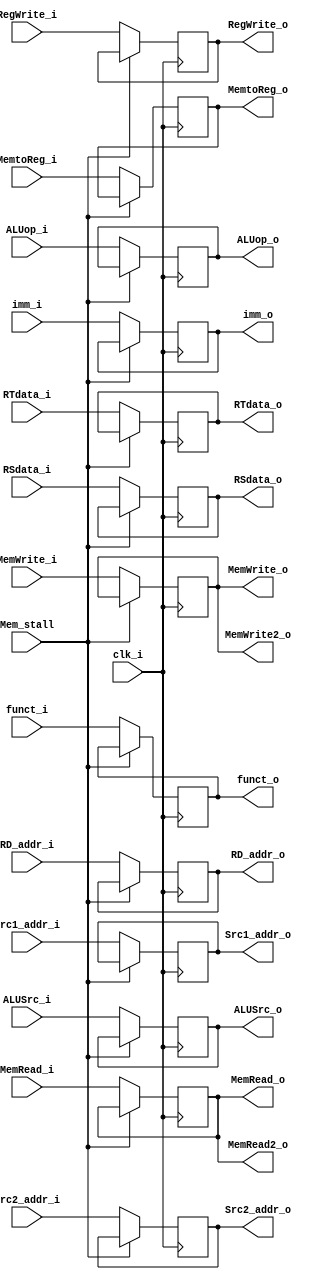
module ID_EX
(
    clk_i,
    Mem_stall,
	RegWrite_i,
    MemtoReg_i,
    MemRead_i,
    MemWrite_i,
    ALUop_i,
    ALUSrc_i,
    RegWrite_o,
    MemtoReg_o,
    MemRead_o,
    MemWrite_o,
    ALUop_o,
    ALUSrc_o,
    RSdata_i,
    RTdata_i,
    RSdata_o,
    RTdata_o,
    imm_i,
    imm_o,
    funct_i,
    Src1_addr_i,
    Src2_addr_i,
    RD_addr_i,
    funct_o,
    Src1_addr_o,
    Src2_addr_o,
    RD_addr_o,
    MemRead2_o,
    MemWrite2_o
);
input          clk_i,RegWrite_i,MemtoReg_i,MemRead_i,MemWrite_i,ALUSrc_i,Mem_stall;
input  [1:0]   ALUop_i;
output         RegWrite_o,MemtoReg_o,MemRead_o,MemWrite_o,ALUSrc_o,MemRead2_o,MemWrite2_o;
output [1:0]   ALUop_o;
input  [31:0]  RSdata_i,RTdata_i,imm_i;
output [31:0]  RSdata_o,RTdata_o,imm_o;
input  [9:0]   funct_i;
output  [9:0]  funct_o;
input  [4:0]   Src1_addr_i,Src2_addr_i,RD_addr_i;
output  [4:0]  Src1_addr_o,Src2_addr_o,RD_addr_o;

reg [4 : 0]  RSaddr_reg;
reg [4 : 0]  RTaddr_reg;
reg [4 : 0]  RDaddr_reg;
reg [31 : 0] RSdata_reg;
reg [31 : 0] RTdata_reg;
reg [31 : 0] imm_reg;
reg [1 : 0]  ALUOp_reg;
reg          ALUSrc_reg;
reg          MemRead_reg;
reg          MemWrite_reg;
reg          RegWrite_reg;
reg          MemtoReg_reg;
reg [9:0]    Funct_reg;
assign Src1_addr_o = RSaddr_reg;
assign Src2_addr_o = RTaddr_reg;
assign RD_addr_o = RDaddr_reg;
assign RSdata_o = RSdata_reg;
assign RTdata_o = RTdata_reg;
assign imm_o = imm_reg;
assign ALUop_o = ALUOp_reg;
assign ALUSrc_o = ALUSrc_reg;
assign MemRead_o = MemRead_reg;
assign MemWrite_o = MemWrite_reg;
assign MemRead2_o = MemRead_reg;
assign MemWrite2_o = MemWrite_reg;
assign RegWrite_o = RegWrite_reg;
assign MemtoReg_o = MemtoReg_reg;
assign funct_o = Funct_reg;
always @(posedge clk_i)
begin
    if(!Mem_stall)begin
        RSaddr_reg <= Src1_addr_i;
        RTaddr_reg <= Src2_addr_i;
        RDaddr_reg <= RD_addr_i;
        RSdata_reg <= RSdata_i;
        RTdata_reg <= RTdata_i;
        imm_reg <= imm_i;
        ALUOp_reg <= ALUop_i;
        ALUSrc_reg <= ALUSrc_i;
        MemRead_reg <= MemRead_i;
        MemWrite_reg <= MemWrite_i;
        RegWrite_reg <= RegWrite_i;
        MemtoReg_reg <= MemtoReg_i;
        Funct_reg <= funct_i;
    end

end

endmodule